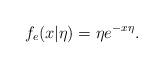
LaTeX: \begin{align*}f_e(x|\eta)= \eta e^{-x\eta}.\end{align*}